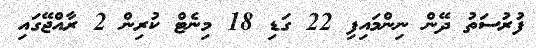
ފުރުސަތު ދޭން ނިންމައިފި 22 ގަޑި 18 މިނެޓް ކުރިން 2 ރާއްޖޭގައި